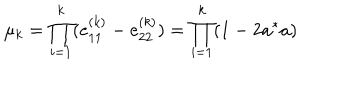
LaTeX: \mu _ { k } = \prod _ { i = 1 } ^ { k } ( e _ { 1 1 } ^ { ( k ) } - e _ { 2 2 } ^ { ( k ) } ) = \prod _ { i = 1 } ^ { k } ( 1 - 2 a ^ { * } a )